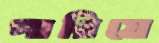
পারিয়ে